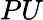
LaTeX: PU